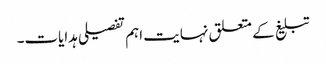
تبلیغ کے متعلق نہایت اہم تفصیلی ہدایات۔